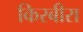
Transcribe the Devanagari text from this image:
किरबीरा